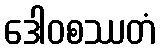
ဒေါဝစဿတံ